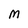
Character: M